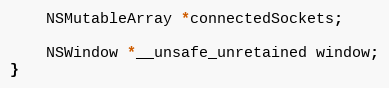
Language: C
	NSMutableArray *connectedSockets;

	NSWindow *__unsafe_unretained window;
}